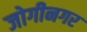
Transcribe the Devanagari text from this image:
जोगीनगर